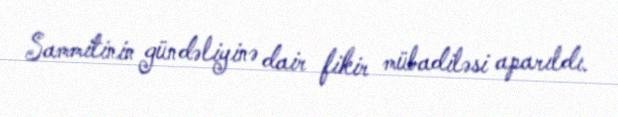
Sammitinin gündəliyinə dair fikir mübadiləsi aparıldı.